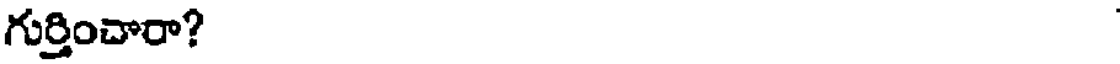
గుర్తించారా?